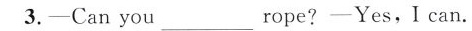
3.-Can you___rope?-Yes,I can.